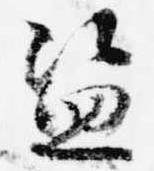
盗